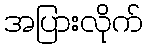
အပြားလိုက်